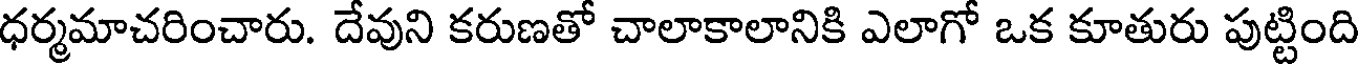
ధర్మమాచరించారు. దేవుని కరుణతో చాలాకాలానికి ఎలాగో ఒక కూతురు పుట్టింది